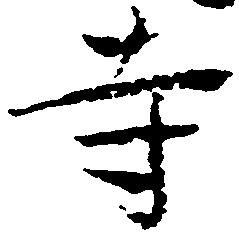
寺